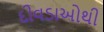
દીવડાઓથી